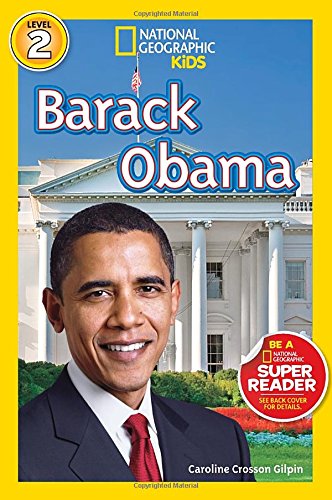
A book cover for National Geographic Readers: Barack Obama (Readers Bios); Caroline Crosson Gilpin; Children's Books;